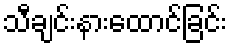
သီချင်းနားထောင်ခြင်း